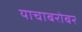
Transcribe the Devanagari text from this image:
याचाबरोबर